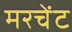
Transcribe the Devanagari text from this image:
मरचेंट